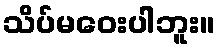
သိပ်မဝေးပါဘူး။